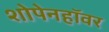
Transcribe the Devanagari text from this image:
शोपेनहॉवर